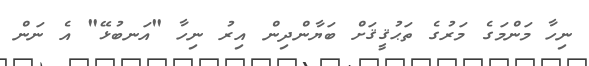
ނިހާ މަންމަގެ މަރުގެ ތަޙުޤީޤަށް ބަޔާންދިން އިރު ނިހާ "އަނބުޅޭ" އެ ނަން